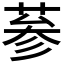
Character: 𦲞